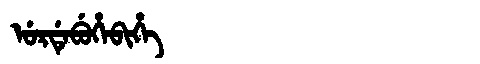
Manchu: ᡠᡵᡩᡝᠪᡠᡥᡝᠪᡳᡥᡝ
Romanization: URDEBUHEBIHE